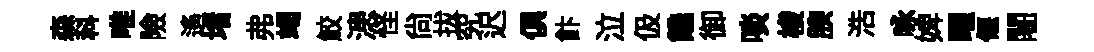
森科唯險遙堵弗竭鮫漶怪尙拔究迟俱飰泣伋饞御啖梭腴浩咏婢曜偃闍